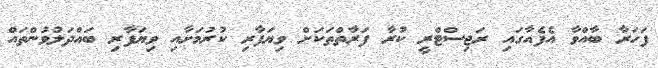
ފަހަރާ ބާއްވާ އެފެއާގައި ރަޖިސްޓްރީ ކުރާ ފަރާތްތަކަށް ވިޔަފާރި ކުރުމަށާއި ވިޔަފާރި ބައްދަލުވުންތައް